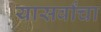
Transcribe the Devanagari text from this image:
यासर्वांचा